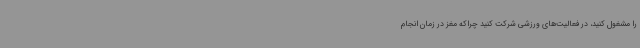
را مشغول کنید، در فعالیت‌های ورزشی شرکت کنید چراکه مغز در زمان انجام